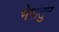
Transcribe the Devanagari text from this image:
भेगांतुन